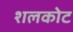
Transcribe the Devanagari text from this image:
शलकोट